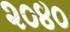
૨૦૪૦